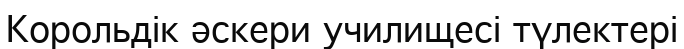
Корольдік әскери училищесі түлектері